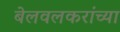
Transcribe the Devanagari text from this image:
बेलवलकरांच्या